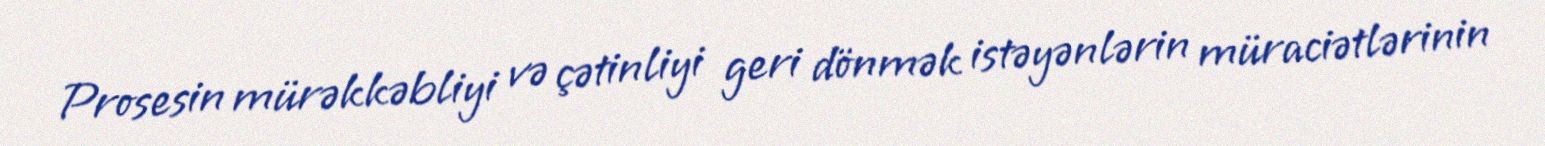
Prosesin mürəkkəbliyi və çətinliyi geri dönmək istəyənlərin müraciətlərinin